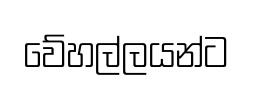
වේහල්ලයන්ට